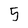
Character: 5